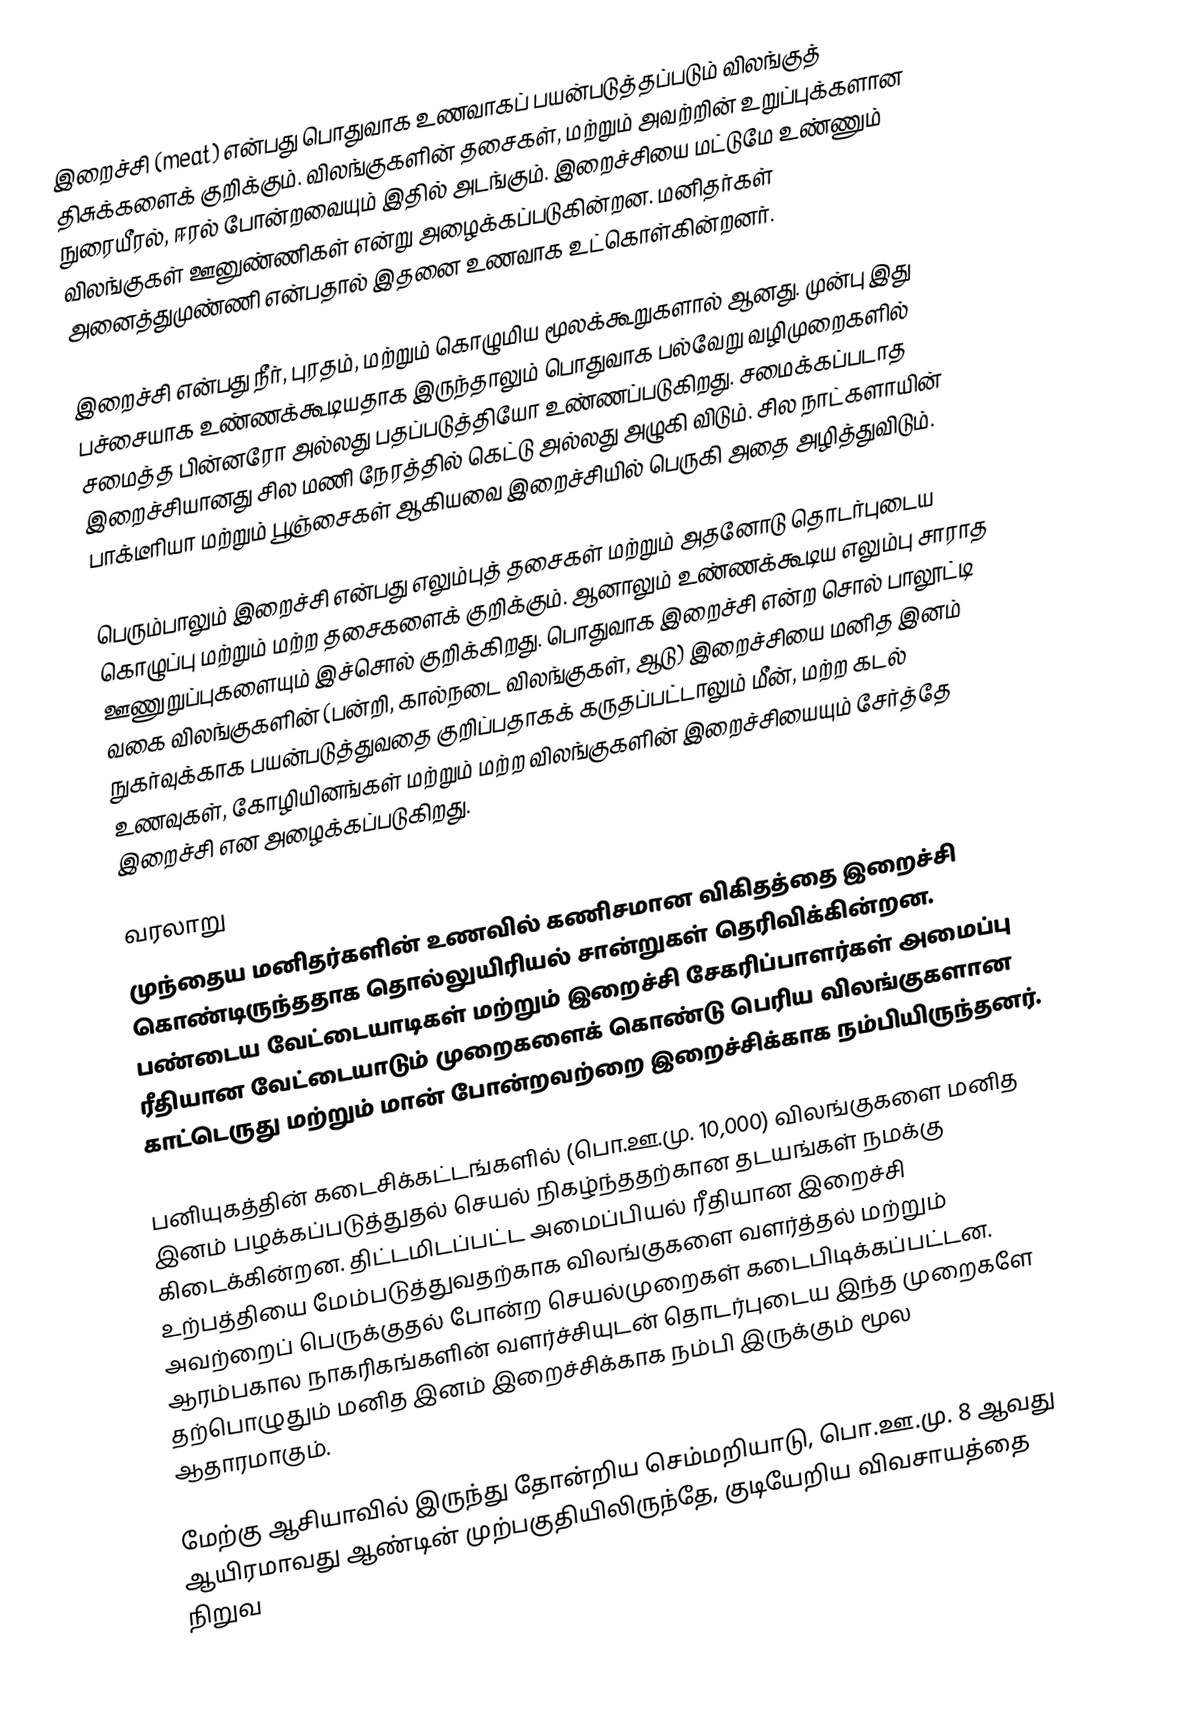
இறைச்சி (meat) என்பது பொதுவாக உணவாகப் பயன்படுத்தப்படும் விலங்குத் திசுக்களைக் குறிக்கும். விலங்குகளின் தசைகள், மற்றும் அவற்றின் உறுப்புக்களான நுரையீரல், ஈரல் போன்றவையும் இதில் அடங்கும். இறைச்சியை மட்டுமே உண்ணும் விலங்குகள் ஊனுண்ணிகள் என்று அழைக்கப்படுகின்றன. மனிதர்கள் அனைத்துமுண்ணி என்பதால் இதனை உணவாக உட்கொள்கின்றனர்.

இறைச்சி என்பது நீர், புரதம், மற்றும் கொழுமிய மூலக்கூறுகளால் ஆனது. முன்பு இது பச்சையாக உண்ணக்கூடியதாக இருந்தாலும் பொதுவாக பல்வேறு வழிமுறைகளில் சமைத்த பின்னரோ அல்லது  பதப்படுத்தியோ உண்ணப்படுகிறது. சமைக்கப்படாத இறைச்சியானது சில மணி நேரத்தில் கெட்டு அல்லது அழுகி விடும். சில நாட்களாயின் பாக்டீரியா மற்றும் பூஞ்சைகள் ஆகியவை இறைச்சியில் பெருகி அதை அழித்துவிடும்.

பெரும்பாலும் இறைச்சி என்பது எலும்புத் தசைகள் மற்றும் அதனோடு தொடர்புடைய கொழுப்பு மற்றும் மற்ற தசைகளைக் குறிக்கும். ஆனாலும் உண்ணக்கூடிய எலும்பு சாராத ஊணுறுப்புகளையும் இச்சொல் குறிக்கிறது. பொதுவாக இறைச்சி என்ற சொல் பாலூட்டி வகை விலங்குகளின் (பன்றி, கால்நடை விலங்குகள், ஆடு) இறைச்சியை மனித இனம் நுகர்வுக்காக பயன்படுத்துவதை குறிப்பதாகக் கருதப்பட்டாலும் மீன், மற்ற கடல் உணவுகள், கோழியினங்கள் மற்றும் மற்ற விலங்குகளின் இறைச்சியையும் சேர்த்தே இறைச்சி என அழைக்கப்படுகிறது.

வரலாறு
முந்தைய மனிதர்களின் உணவில் கணிசமான விகிதத்தை இறைச்சி கொண்டிருந்ததாக தொல்லுயிரியல் சான்றுகள் தெரிவிக்கின்றன. பண்டைய வேட்டையாடிகள் மற்றும் இறைச்சி சேகரிப்பாளர்கள் அமைப்பு ரீதியான வேட்டையாடும் முறைகளைக் கொண்டு பெரிய விலங்குகளான காட்டெருது மற்றும் மான் போன்றவற்றை இறைச்சிக்காக நம்பியிருந்தனர்.

பனியுகத்தின் கடைசிக்கட்டங்களில் (பொ.ஊ.மு. 10,000) விலங்குகளை மனித இனம் பழக்கப்படுத்துதல் செயல் நிகழ்ந்ததற்கான தடயங்கள் நமக்கு கிடைக்கின்றன. திட்டமிடப்பட்ட அமைப்பியல் ரீதியான இறைச்சி உற்பத்தியை மேம்படுத்துவதற்காக விலங்குகளை வளர்த்தல் மற்றும் அவற்றைப் பெருக்குதல் போன்ற செயல்முறைகள் கடைபிடிக்கப்பட்டன. ஆரம்பகால நாகரிகங்களின் வளர்ச்சியுடன் தொடர்புடைய இந்த முறைகளே தற்பொழுதும் மனித இனம் இறைச்சிக்காக நம்பி இருக்கும் மூல ஆதாரமாகும்.

 மேற்கு ஆசியாவில் இருந்து தோன்றிய செம்மறியாடு, பொ.ஊ.மு. 8 ஆவது ஆயிரமாவது ஆண்டின் முற்பகுதியிலிருந்தே, குடியேறிய விவசாயத்தை நிறுவ